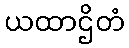
ယထာဌိတံ